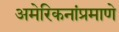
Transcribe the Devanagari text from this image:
अमेरिकनांप्रमाणे